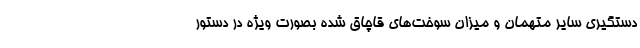
دستگیری سایر متهمان و میزان سوخت‌های قاچاق شده‌ بصورت ویژه در دستور